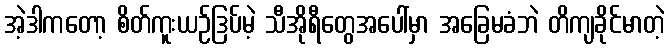
အဲ့ဒါကတော့ စိတ်ကူးယဉ်ဒြပ်မဲ့ သီအိုရီတွေအပေါ်မှာ အခြေမခံဘဲ တိကျခိုင်မာတဲ့